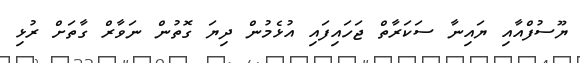
ޔޫސުފްއާއި ޔައިނާ ސަކަރާތް ޖަހައިފައި އުޅެމުން ދިޔަ ގޮތުން ނަވާރް ގާތަށް ރުޅި